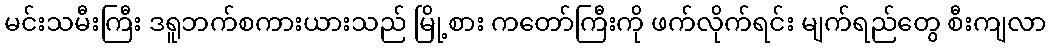
မင်းသမီးကြီး ဒရူဘက်စကားယားသည် မြို့စား ကတော်ကြီးကို ဖက်လိုက်ရင်း မျက်ရည်တွေ စီးကျလာ